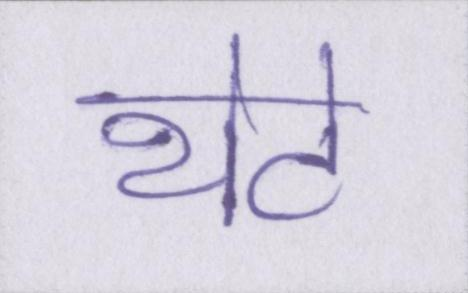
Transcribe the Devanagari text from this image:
थेटे